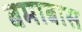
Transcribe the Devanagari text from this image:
बमाबास